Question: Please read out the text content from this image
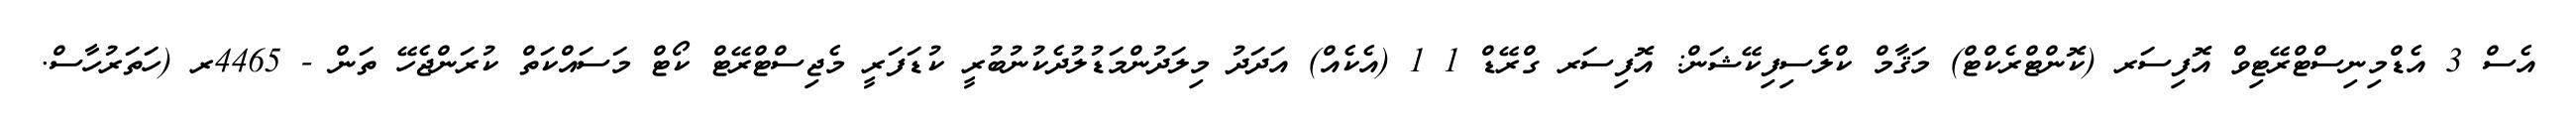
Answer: އެސް 3 އެޑްމިނިސްޓްރޭޓިވް އޮފިސަރ (ކޮންޓްރެކްޓް) މަޤާމް ކްލެސިފިކޭޝަން: އޮފިސަރ ގްރޭޑް 1 1 (އެކެއް) އަދަދު މިލަދުންމަޑުލުދެކުނުބުރީ ކުޑަފަރީ މެޖިސްޓްރޭޓް ކޯޓް މަސައްކަތް ކުރަންޖެހޭ ތަން - 4465ރ (ހަތަރުހާސް.